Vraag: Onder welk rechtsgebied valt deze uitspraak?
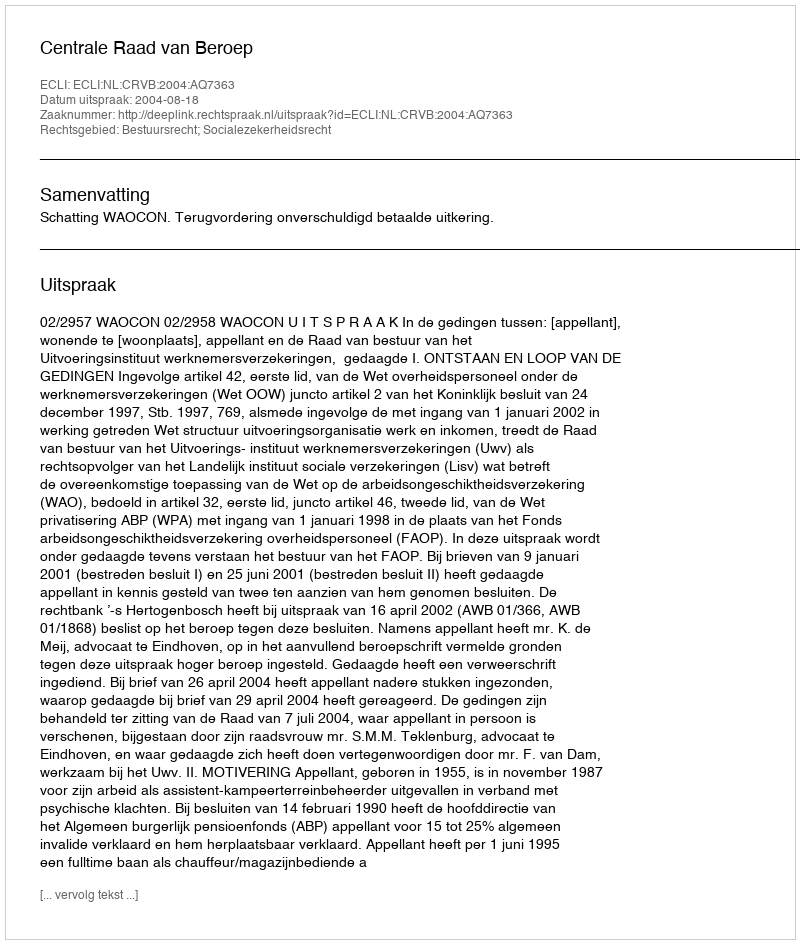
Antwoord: Bestuursrecht; Socialezekerheidsrecht